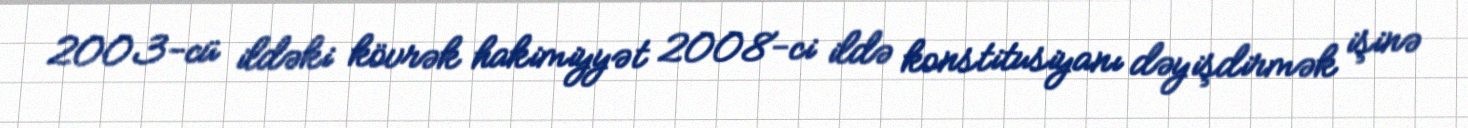
2003-cü ildəki kövrək hakimiyyət 2008-ci ildə konstitusiyanı dəyişdirmək işinə